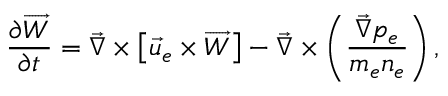
\frac { \partial \overrightarrow { W } } { \partial t } = \vec { \nabla } \times \left[ \vec { u } _ { e } \times \overrightarrow { W } \right] - \vec { \nabla } \times \left( \frac { \vec { \nabla } p _ { e } } { m _ { e } n _ { e } } \right) ,